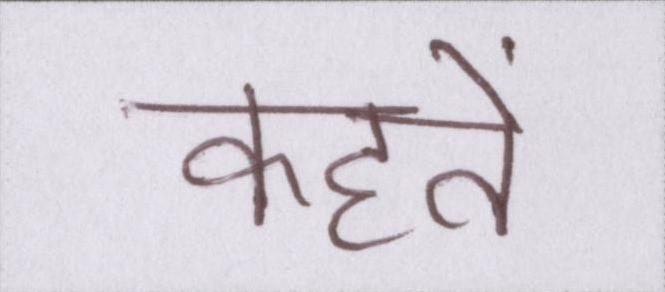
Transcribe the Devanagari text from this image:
कहतें